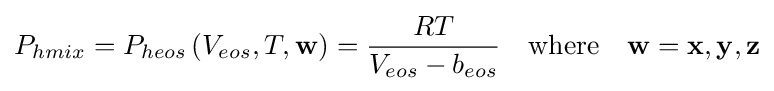
P_{hmix}=P_{heos}\left(V_{eos},T,\mathbf {w} \right)={\frac {RT}{V_{eos}-b_{eos}}}\quad {\text{where}}\quad \mathbf {w} =\mathbf {x} ,\mathbf {y} ,\mathbf {z}